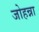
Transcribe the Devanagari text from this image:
जोहन्ना